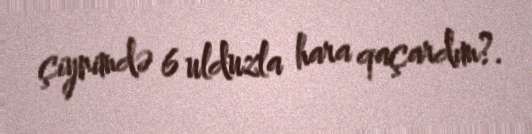
çiynimdə 6 ulduzla hara qaçardım?.